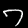
Digit: 7